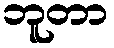
ဘူတာ